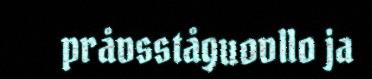
pråvsståguovllo ja